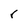
Character: r